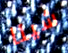
شيئا